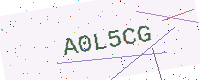
Text: A0L5CG